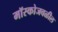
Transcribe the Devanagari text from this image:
मॉस्कोजवळील